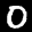
Label: 0